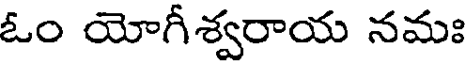
ఓం యోగీశ్వరాయ నమః